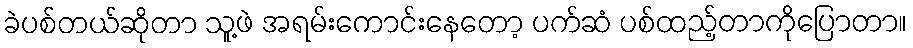
ခဲပစ်တယ်ဆိုတာ သူ့ဖဲ အရမ်းကောင်းနေတော့ ပက်ဆံ ပစ်ထည့်တာကိုပြောတာ။